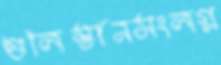
গুলিস্তানসংলগ্ন